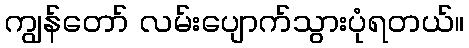
ကျွန်တော် လမ်းပျောက်သွားပုံရတယ်။